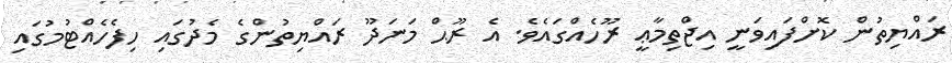
ރައްޔިތުން ކޮށްފައިވަނީ އިޖްތިމާޢީ ރޫހެއްގައެވެ. އެ ރޫޙް މަނަދޫ ރައްޔިތުންގެ މެދުގައި ހިފެހެއްޓުމުގައި